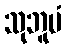
သုဘူမံ